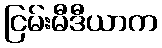
ငြမ်းမီဒီယာက